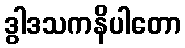
ဒွါဒသကနိပါတော